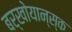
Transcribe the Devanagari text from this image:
बर्खोयान्स्क